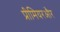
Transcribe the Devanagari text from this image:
प्रीमियरऔर